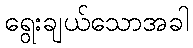
ရွေးချယ်သောအခါ